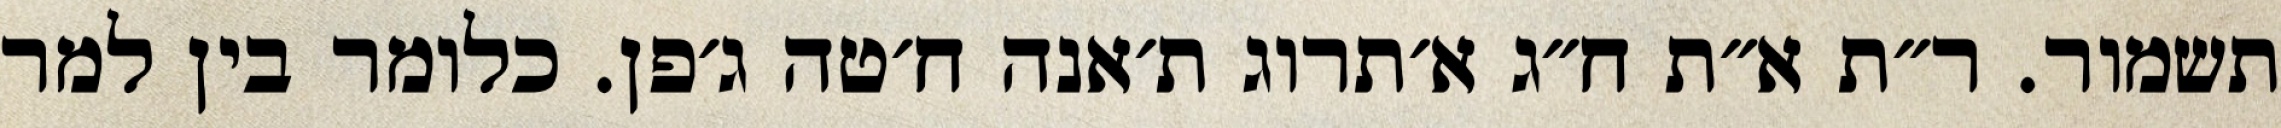
תשמור. ר״ת א״ת ח״ג א׳תרוג ת׳אנה ח׳טה ג׳פן. כלומר בין למר